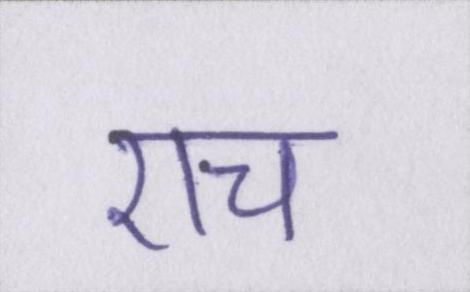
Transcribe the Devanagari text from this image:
एच